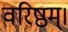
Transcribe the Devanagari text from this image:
वरिष्ठम्‌।